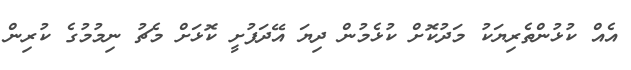
އެއް ކުޅުންތެރިޔަކު މަދުކޮށް ކުޅެމުން ދިޔަ އޭދަފުށީ ކޮޅަށް މެޗު ނިމުމުގެ ކުރިން